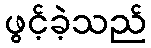
ဖွင့်ခဲ့သည်